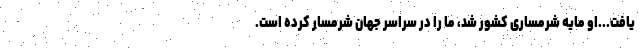
یافت...او مایه شرمساری کشور شد، ما را در سراسر جهان شرمسار کرده است.